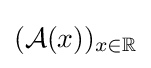
({\mathcal {A}}(x))_{x\in \mathbb {R} }